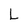
Character: L